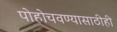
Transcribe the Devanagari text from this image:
पोहोचवण्यासाठीही